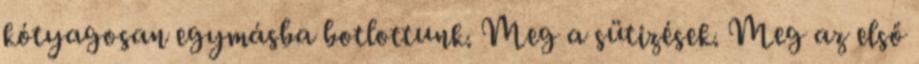
kótyagosan egymásba botlottunk. Meg a sütizések. Meg az első